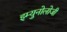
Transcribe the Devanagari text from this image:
इम्युनोलोजी